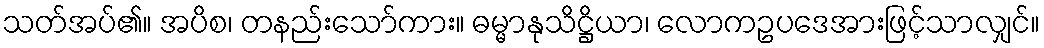
သတ်အပ်၏။ အပိစ၊ တနည်းသော်ကား။ ဓမ္မာနုသိဋ္ဌိယာ၊ လောကဥပဒေအားဖြင့်သာလျှင်။